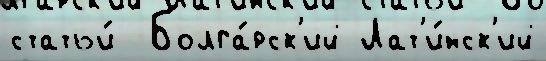
статьи́  Болга́рск'ий Лат'и́нск'ий